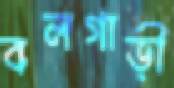
বলগাড়ী